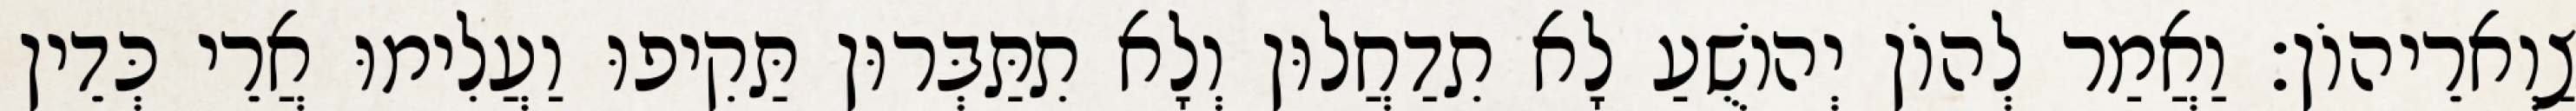
צַוְארֵיהוֹן׃ וַאֲמַר לְהוֹן יְהוֹשֻׁעַ לָא תִדַחֲלוּן וְלָא תִתַּבְּרוּן תַּקִיפוּ וַעֲלִימוּ אֲרֵי כְּדֵין